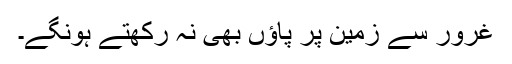
غرور سے زمین پر پاؤں بھی نہ رکھتے ہونگے۔